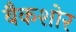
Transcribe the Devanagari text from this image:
बैकशोर